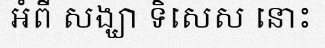
អំពី សង្ឃា ទិសេស នោះ